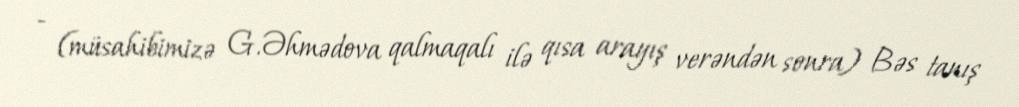
- (müsahibimizə G.Əhmədova qalmaqalı ilə qısa arayış verəndən sonra) Bəs tanış